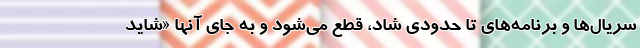
سریال‌ها و برنامه‌های تا حدودی شاد، قطع می‌شود و به جای آنها «شاید